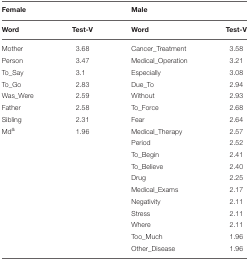
<table><thead><tr><td><b>Female</b></td><td></td><td><b>Male</b></td><td></td></tr><tr><td><b>Word</b></td><td><b>Test-V</b></td><td><b>Word</b></td><td><b>Test-V</b></td></tr></thead><tbody><tr><td>Mother</td><td>3.68</td><td>Cancer_Treatment</td><td>3.58</td></tr><tr><td>Person</td><td>3.47</td><td>Medical_Operation</td><td>3.21</td></tr><tr><td>To_Say</td><td>3.1</td><td>Especially</td><td>3.08</td></tr><tr><td>To_Go</td><td>2.83</td><td>Due_To</td><td>2.94</td></tr><tr><td>Was_Were</td><td>2.59</td><td>Without</td><td>2.93</td></tr><tr><td>Father</td><td>2.58</td><td>To_Force</td><td>2.68</td></tr><tr><td>Sibling</td><td>2.31</td><td>Fear</td><td>2.64</td></tr><tr><td>Md<sup>a</sup></td><td>1.96</td><td>Medical_Therapy</td><td>2.57</td></tr><tr><td></td><td></td><td>Period</td><td>2.52</td></tr><tr><td></td><td></td><td>To_Begin</td><td>2.41</td></tr><tr><td></td><td></td><td>To_Believe</td><td>2.40</td></tr><tr><td></td><td></td><td>Drug</td><td>2.25</td></tr><tr><td></td><td></td><td>Medical_Exams</td><td>2.17</td></tr><tr><td></td><td></td><td>Negativity</td><td>2.11</td></tr><tr><td></td><td></td><td>Stress</td><td>2.11</td></tr><tr><td></td><td></td><td>Where</td><td>2.11</td></tr><tr><td></td><td></td><td>Too_Much</td><td>1.96</td></tr><tr><td></td><td></td><td>Other_Disease</td><td>1.96</td></tr></tbody></table>